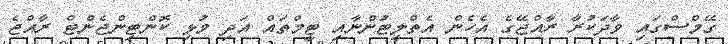
ގޭމްސްގައި ވާދަކުރާ ރާއްޖޭގެ އެހެން އެތްލީޓުންނާއި ޓީމްތައް އަދި މުޅި ކޮންޓިންޖެންޓް ރާއްޖެ